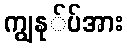
ကျွနု်ပ်အား